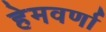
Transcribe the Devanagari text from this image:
हेमवर्णा